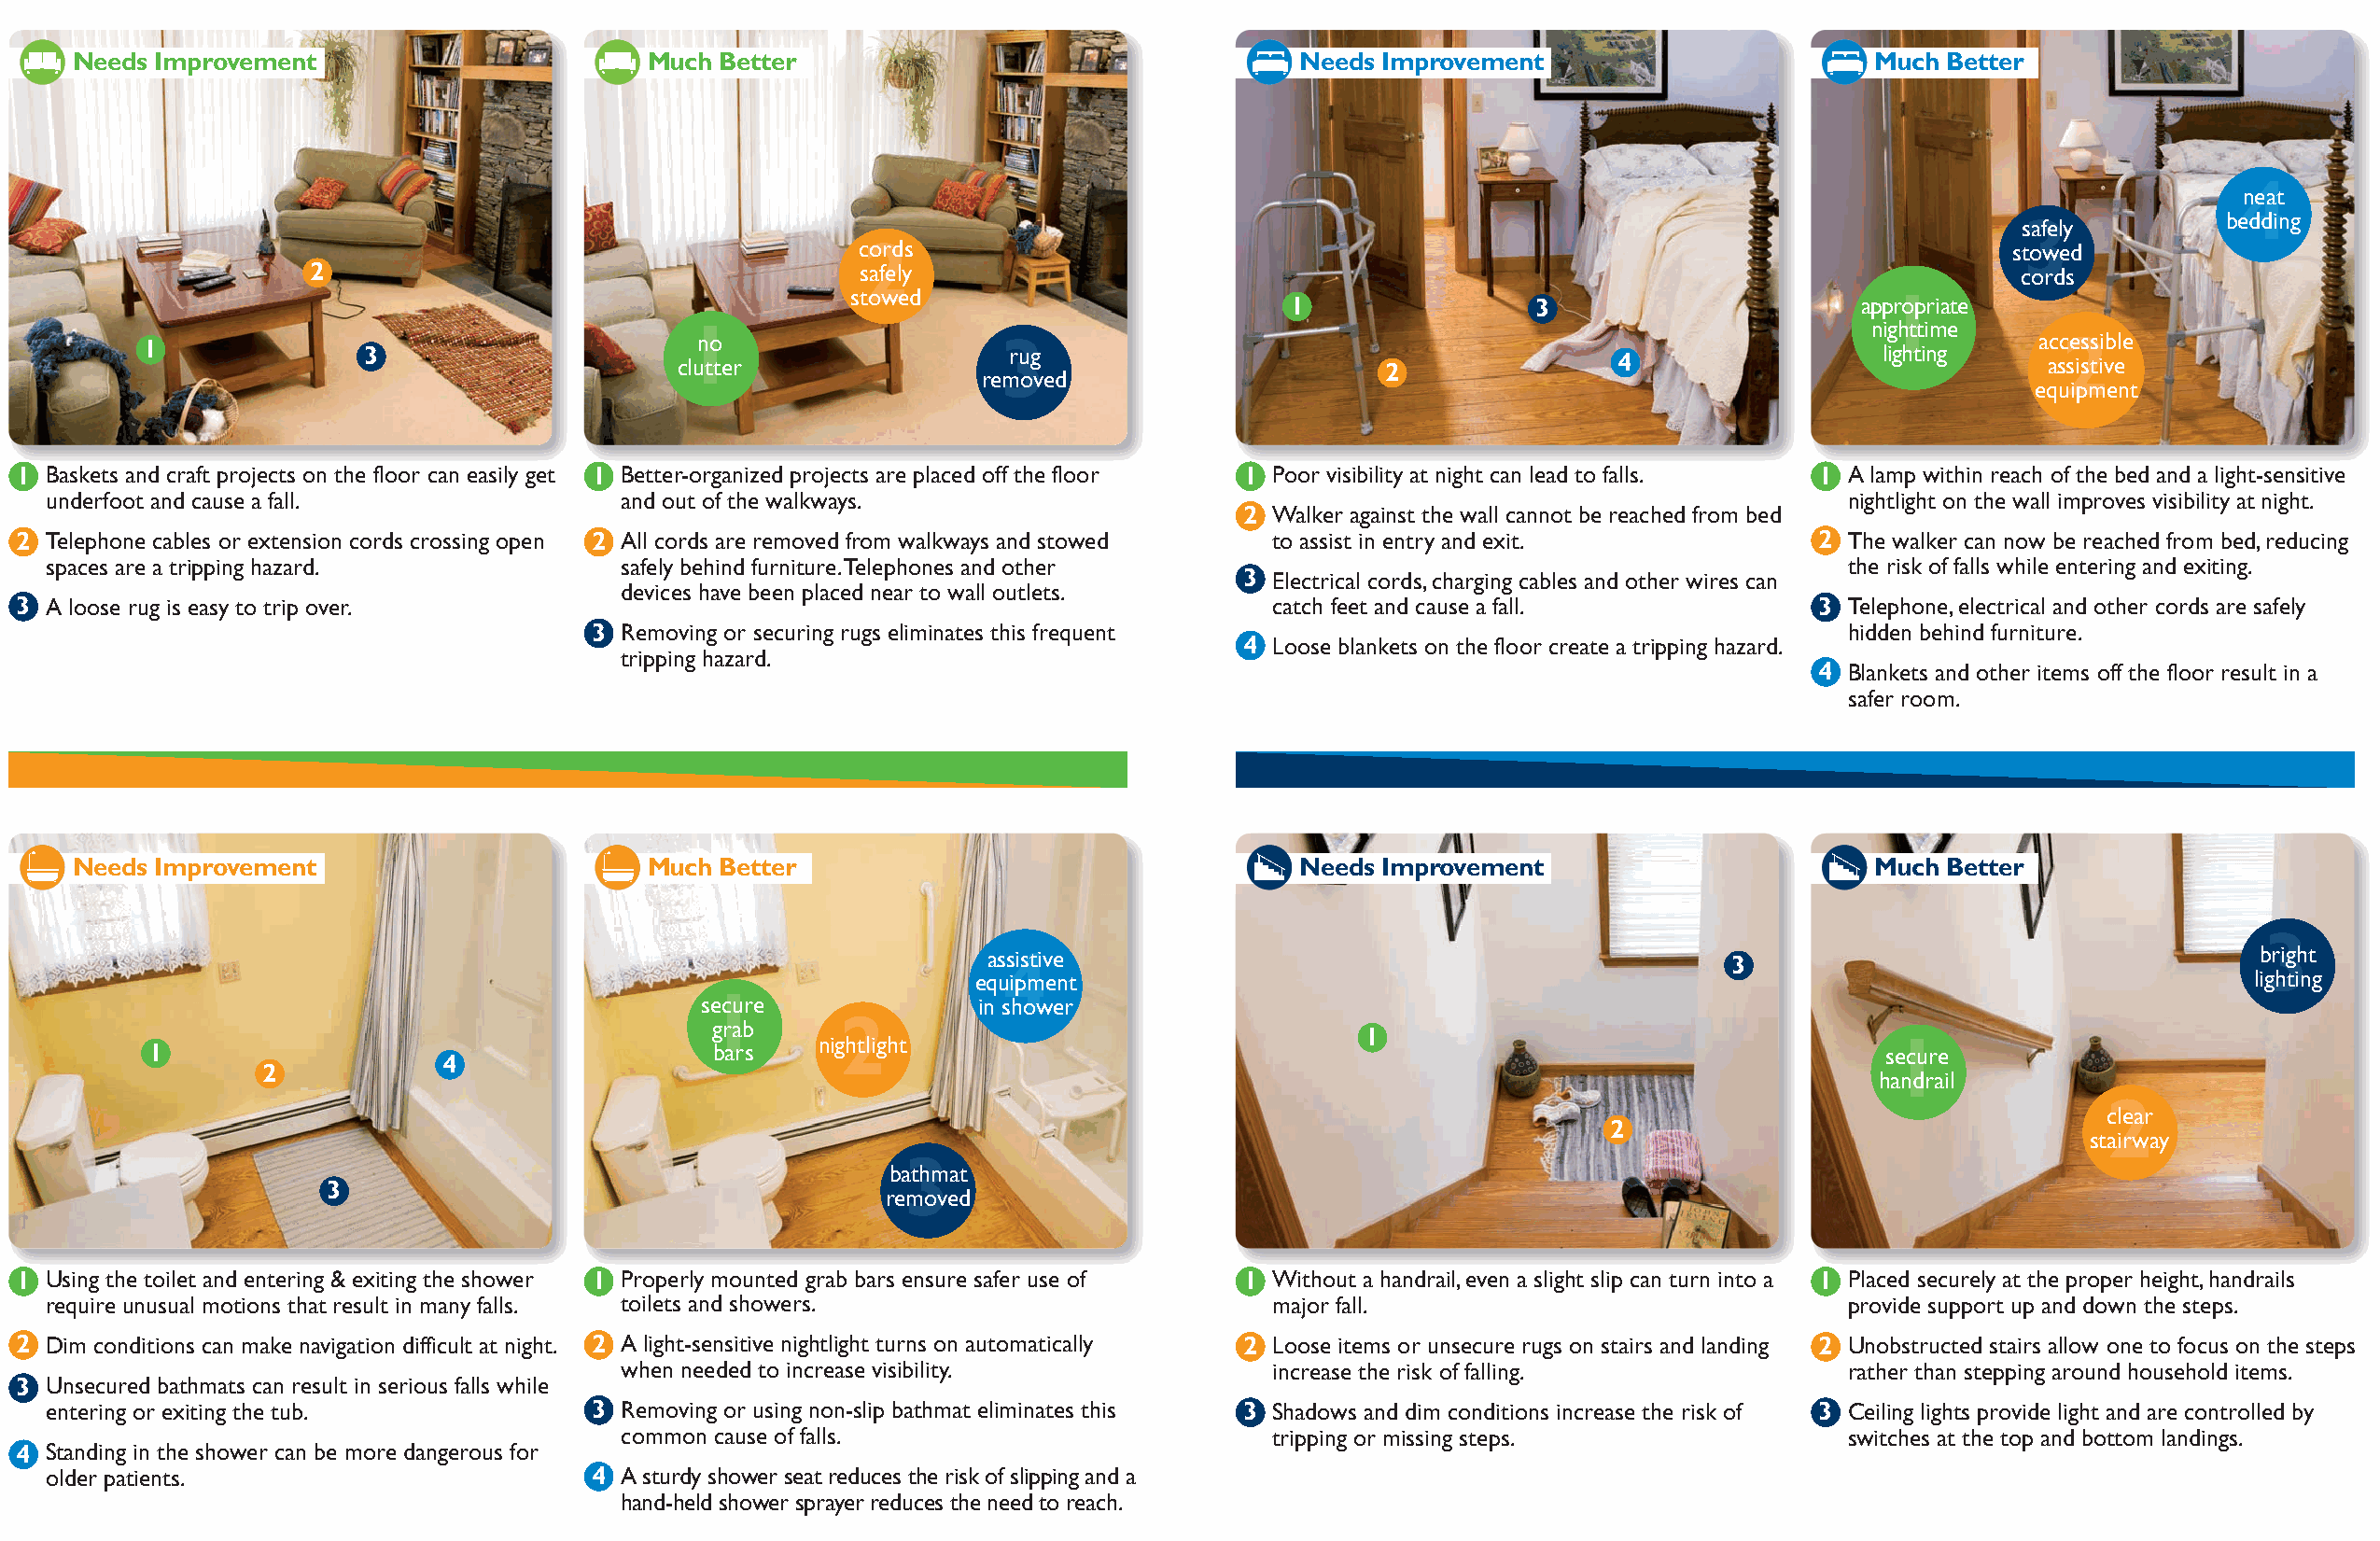
Needs Improvement                        Much Better                                   Needs Improvement                        Much Better
 4
 neat
 s3afely        bedding
 c2ords                                                                            stowed
 2                                      safely                                                                            cords
 stowed                                                                    1
 1                 3                      appropriate
 1                                                                                   nighttime
 1               3                     clun to
 ter
 3 rug
 2
 4                  lighting   a ac sc2 se iss ts ii vb ele
 removed
 equipment
 1 Baskets and craft projects on the floor can easily get 1 Better-organized projects are placed off the floor 1 Poor visibility at night can lead to falls. 1 a lamp within reach of the bed and a light-sensitive
 underfoot and cause a fall.              and out of the walkways.                                                               nightlight on the wall improves visibility at night.
 2 Walker against the wall cannot be reached from bed
 2 telephone cables or extension cords crossing open 2 all cords are removed from walkways and stowed to assist in entry and exit. 2 the walker can now be reached from bed, reducing
 spaces are a tripping hazard.            safely behind furniture. telephones and other                                          the risk of falls while entering and exiting.
 3 electrical cords, charging cables and other wires can
 devices have been placed near to wall outlets.
 3 a loose rug is easy to trip over.                                                      catch feet and cause a fall.           3 telephone, electrical and other cords are safely
 3 Removing or securing rugs eliminates this frequent                                     hidden behind furniture.
 4 Loose blankets on the floor create a tripping hazard.
 tripping hazard.
 4 Blankets and other items off the floor result in a
 safer room.
 Needs Improvement                        Much Better                                   Needs Improvement                        Much Better
 3
 as4sistive
 3
 bright
 equipment                                                                                  lighting
 1
 secure             in shower
 2
 grab
 1
 nightlight                                                                  1
 1                                       bars                                                                               secure
 4
 2
 handrail
 2
 clear
 2
 stairway
 3
 bathmat
 3
 removed
 1 Using the toilet and entering & exiting the shower 1 Properly mounted grab bars ensure safer use of 1 Without a handrail, even a slight slip can turn into a 1 Placed securely at the proper height, handrails
 require unusual motions that result in many falls. toilets and showers.                major fall.                              provide support up and down the steps.
 2 Dim conditions can make navigation difficult at night. 2 a light-sensitive nightlight turns on automatically 2 Loose items or unsecure rugs on stairs and landing 2 Unobstructed stairs allow one to focus on the steps
 when needed to increase visibility.           increase the risk of falling.            rather than stepping around household items.
 3 Unsecured bathmats can result in serious falls while
 entering or exiting the tub.           3 Removing or using non-slip bathmat eliminates this 3 Shadows and dim conditions increase the risk of 3 Ceiling lights provide light and are controlled by
 common cause of falls.                        tripping or missing steps.               switches at the top and bottom landings.
 4 Standing in the shower can be more dangerous for
 older patients.                        4 a sturdy shower seat reduces the risk of slipping and a
 hand-held shower sprayer reduces the need to reach.